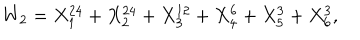
W _ { 2 } = X _ { 1 } ^ { 2 4 } + X _ { 2 } ^ { 2 4 } + X _ { 3 } ^ { 1 2 } + X _ { 4 } ^ { 6 } + X _ { 5 } ^ { 3 } + X _ { 6 } ^ { 3 } ,